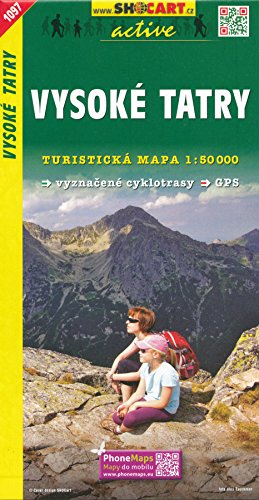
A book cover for High Tatra Mountains - Vysoke Tatry (Slovakia, Poland) 1:50,000 Hiking Map, GPS-precise, SHOCArt, 2012 edition; ShoCart; Travel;